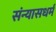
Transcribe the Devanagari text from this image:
संन्यासधर्म